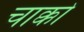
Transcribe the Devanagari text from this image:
चाक्को